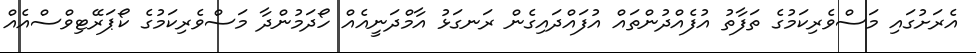
އެރަށުގައި މަސްވެރިކަމުގެ ތަފާތު އުފެއްދުންތައް އުފައްދައިގެން ރަނގަޅު އާމްދަނީއެއް ހޯދަމުންދާ މަސްވެރިކަމުގެ ކޯޕަރޭޓިވްސްއެއް